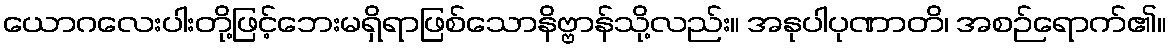
ယောဂလေးပါးတို့ဖြင့်ဘေးမရှိရာဖြစ်သောနိဗ္ဗာန်သို့လည်း။ အနုပါပုဏာတိ၊ အစဉ်ရောက်၏။